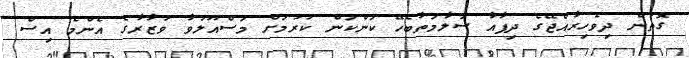
ގޮތުން ދިވެހިރާއްޖޭގެ ދިފާއާ ސަލާމަތާބެހޭ ކަންކަން ކުރުމަށް މަސްއޫލުވާ ވުޒާރާގެ އެންމެ އިސް